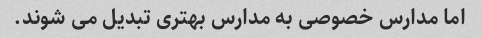
اما مدارس خصوصی به مدارس بهتری تبدیل می شوند.